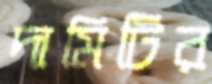
দামিটির